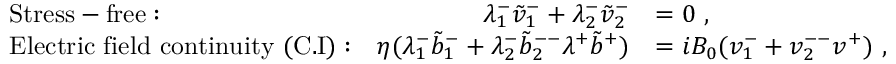
\begin{array} { r l r l } & { \mathrm { S t r e s s - f r e e : } } & { \lambda _ { 1 } ^ { - } \tilde { v } _ { 1 } ^ { - } + \lambda _ { 2 } ^ { - } \tilde { v } _ { 2 } ^ { - } } & { = 0 ~ , } \\ & { \mathrm { E l e c t r i c ~ f i e l d ~ c o n t i n u i t y ~ ( C . I ) : } } & { \eta ( \lambda _ { 1 } ^ { - } \tilde { b } _ { 1 } ^ { - } + \lambda _ { 2 } ^ { - } \tilde { b } _ { 2 } ^ { -- } \lambda ^ { + } \tilde { b } ^ { + } ) } & { = i B _ { 0 } ( v _ { 1 } ^ { - } + v _ { 2 } ^ { -- } v ^ { + } ) ~ , } \end{array}